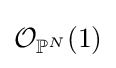
{\mathcal {O}}_{\mathbb {P} ^{N}}(1)